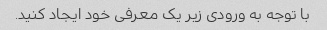
با توجه به ورودی زیر یک معرفی خود ایجاد کنید.